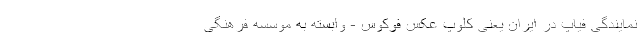
نمایندگی فیاپ در ایران یعنی کلوپ عکس فوکوس - وابسته به موسسه فرهنگی